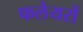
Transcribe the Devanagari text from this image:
फलेयरों